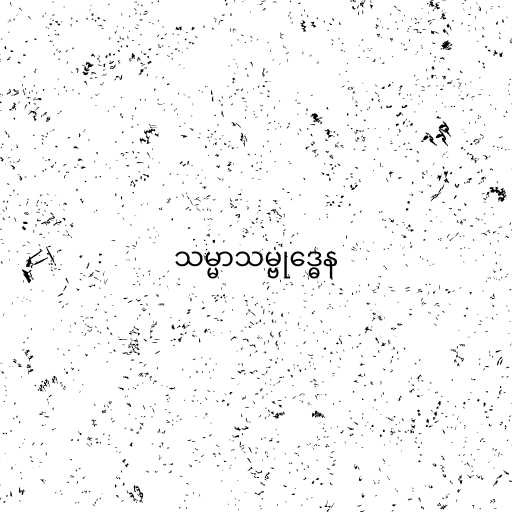
သမ္မာသမ္ဗုဒ္ဓေန